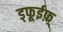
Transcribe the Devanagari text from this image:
ड्फूईफ़़्